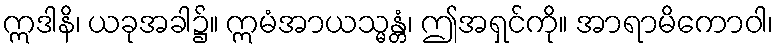
ဣဒါနိ၊ ယခုအခါ၌။ ဣမံအာယသ္မန္တံ၊ ဤအရှင်ကို။ အာရာမိကောဝါ၊